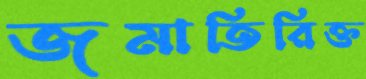
জমাতিরিক্ত